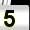
Digit: 5